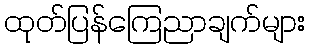
ထုတ်ပြန်ကြေညာချက်များ